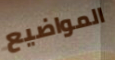
المواضيع